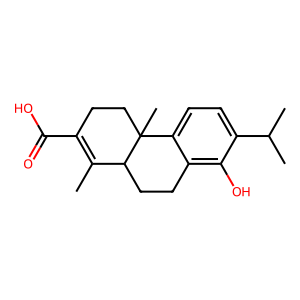
SMILES: CC1=C(C(=O)O)CCC2(C)c3ccc(C(C)C)c(O)c3CCC12
Inhibits HIV replication: No